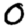
Digit: 0